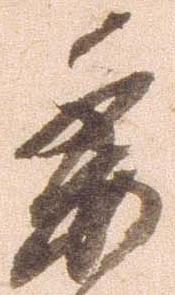
委